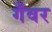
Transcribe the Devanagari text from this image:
गँवर